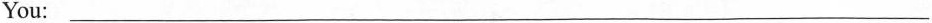
You:___